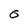
Character: 0